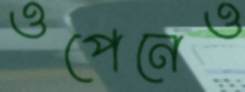
ওপেনেও